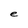
Character: e